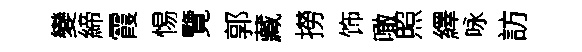
變締霞惕覽郭藏撈饰噉照繹咏訪